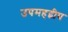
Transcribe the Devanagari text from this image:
उपमहद्वीप